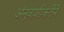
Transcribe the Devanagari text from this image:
अंनुवांशीकतेने